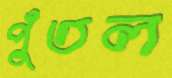
পুঁতল